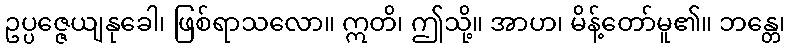
ဥပ္ပဇ္ဇေယျနုခေါ၊ ဖြစ်ရာသလော။ ဣတိ၊ ဤသို့။ အာဟ၊ မိန့်တော်မူ၏။ ဘန္တေ၊